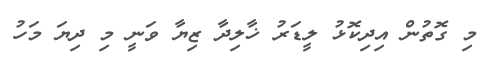
މި ގޮތުން އިދިިކޮޅު ލީޑަރު ޚާލިދާ ޒިޔާ ވަނީ މި ދިޔަ މަހު